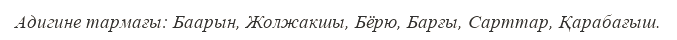
Адигине тармағы: Баарын, Жолжакшы, Бёрю, Барғы, Сарттар, Қарабағыш.